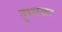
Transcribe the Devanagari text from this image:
दुघाळा